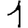
Digit: 1